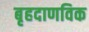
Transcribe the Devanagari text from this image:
बृहदाणविक